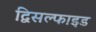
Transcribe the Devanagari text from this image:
द्विसल्फाइड